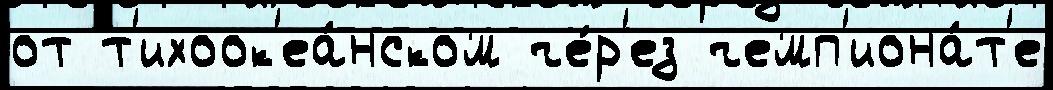
от т'ихоок'еа́нском че́р'ез чемп'иона́т'е